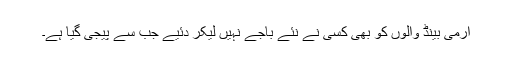
آرمی بینڈ والوں کو بھی کسی نے نئے باجے نہیں لیکر دئیے جب سے پیجی گیا ہے۔